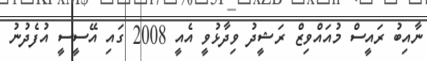
ނާއިބު ރައީސް މުއައްވިޒް ރަޝީދު ވިދާޅުވީ އެއީ 2008 ގައި އޭސީސީ އުފެދުނު